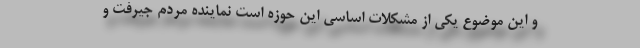
و این موضوع یکی از مشکلات اساسی این حوزه است نماینده مردم جیرفت و